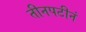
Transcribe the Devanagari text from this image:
तीनपटीनं